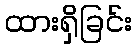
ထားရှိခြင်း